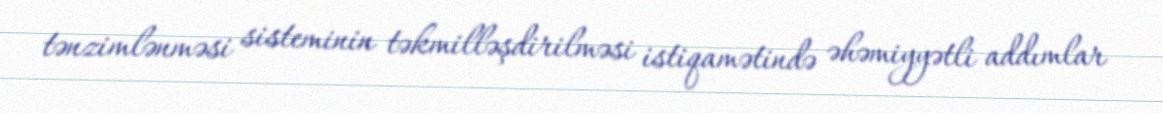
tənzimlənməsi sisteminin təkmilləşdirilməsi istiqamətində əhəmiyyətli addımlar